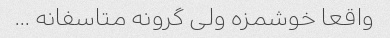
واقعا خوشمزه ولی گرونه متاسفانه …